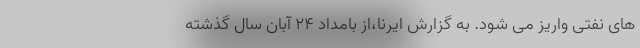
های نفتی واریز می شود. به گزارش ایرنا،از بامداد ۲۴ آبان سال گذشته